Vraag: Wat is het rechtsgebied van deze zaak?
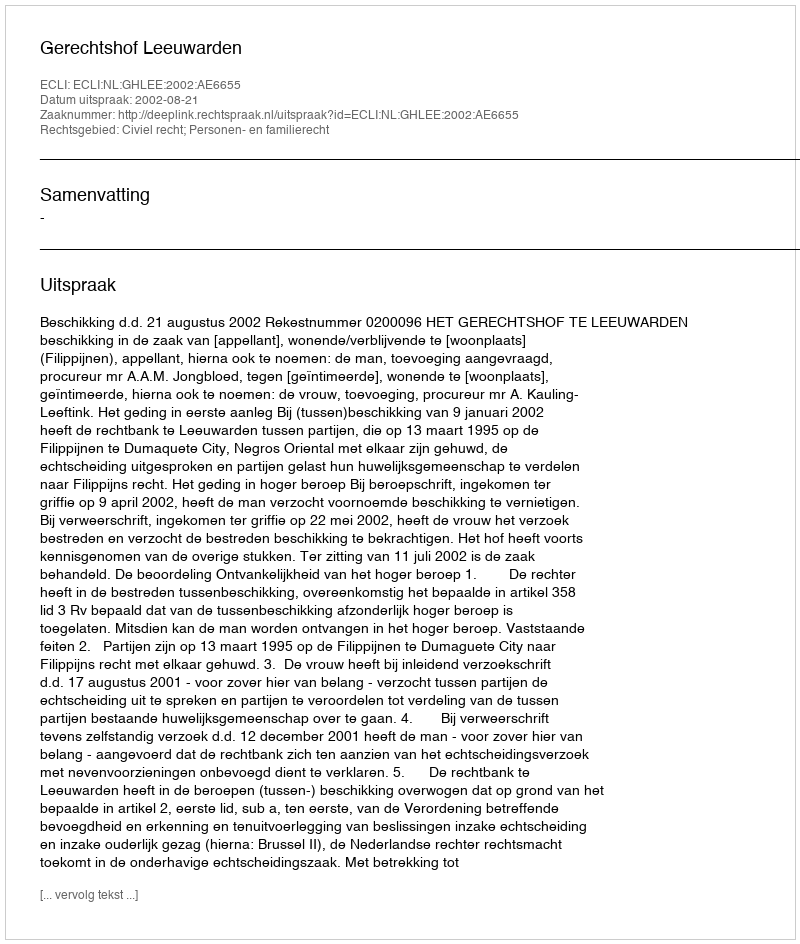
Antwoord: Civiel recht; Personen- en familierecht